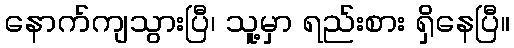
နောက်ကျသွားပြီ၊ သူ့မှာ ရည်းစား ရှိနေပြီ။